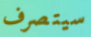
سيتصرف